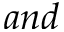
a n d